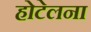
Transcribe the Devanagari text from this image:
होटेलना